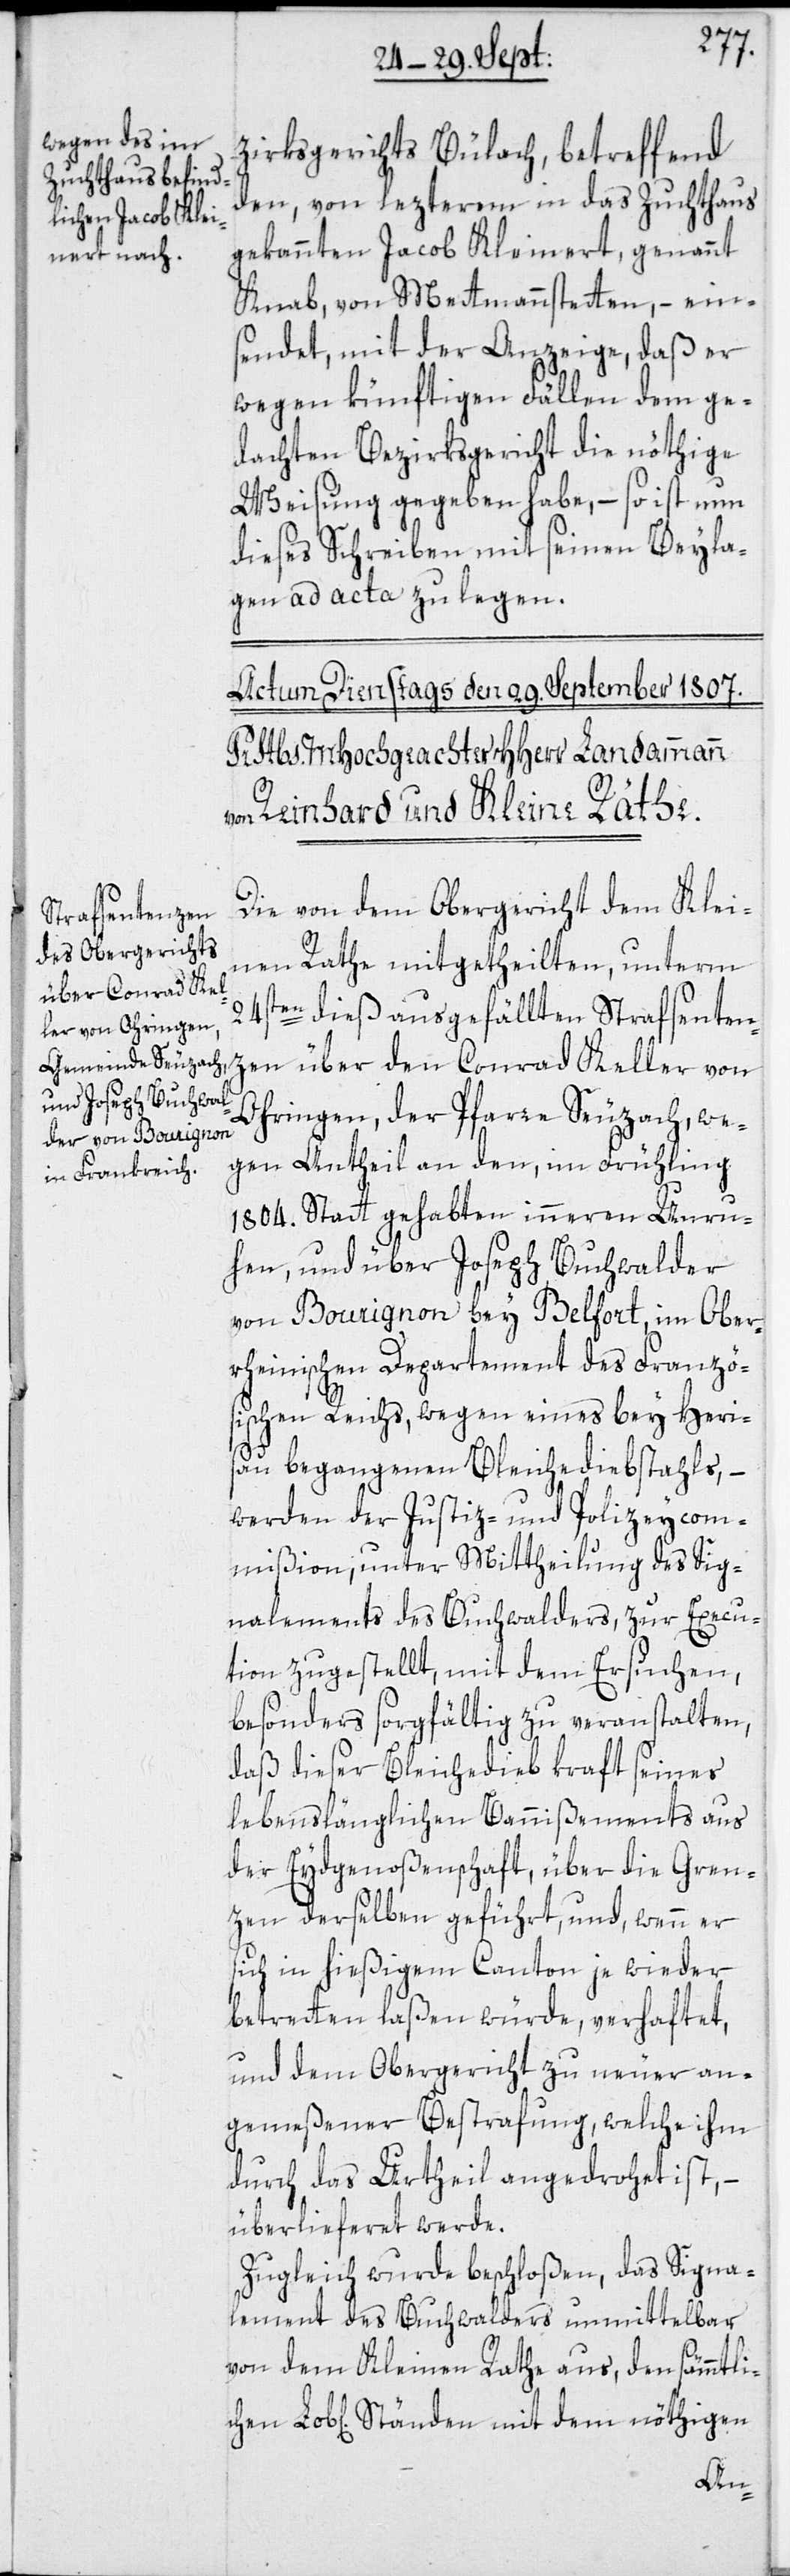
lichen Lob[li¬

zirksgerichts Bülach, betreffend
den, von lezterem in das Zuchthaus
gekannten Jacob Kleinert, genannt
Knab, von Mettmannstetten, – ein¬
sendet, mit der Anzeige, daß er
wegen künftigen Fällen dem ge¬
dachten Bezirksgericht die nöthige
Weisung gegeben habe, – so ist nun
dieses Schreiben mit seinen Beyla¬
gen ad acta zu legen.
Die von dem Obergericht dem Klei¬
nen Rathe mitgetheilten, unterm
24sten dieß ausgefällten Strafsenten¬
zen über den Conrad Keller von
Ohringen, der Pfarre Seuzach, we¬
gen Antheil an den, im Frühling
1804. Statt gehabten inneren Unru¬
hen, und über Joseph Buchwalder
von Bourignon bey Belfort, im Ober¬
rheinischen Departement des Franzö¬
sischen Reichs, wegen eines bey Heri¬
sau begangenen Bleichediebstahls, –
werden der Justiz- und Polizeycom¬
mißion, unter Mittheilung des Sig¬
nalements des Buchwalders, zur Execu¬
tion zugestellt; mit dem Ersuchen,
besonders sorgfältig zu veranstalten,
daß dieser Bleichedieb kraft seines
lebenslänglichen Bannißements aus
der Eydgenoßenschaft, über die Gren¬
zen derselben geführt, und, wenn er
sich in hießigem Canton je wieder
betretten laßen würde, verhaftet,
und dem Obergericht zu neuer an¬
gemeßener Bestrafung, welche ihm
durch das Urtheil angedrohet ist, –
überlieferet werde.
Zugleich wurde beschloßen, das Signa¬
lement des Buchwalders unmittelbar
von dem Kleinen Rathe aus, den sämmt¬
chen] Ständen mit dem nöthigen